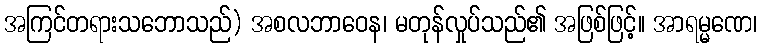
အကြင်တရားသဘောသည်) အစလဘာဝေန၊ မတုန်လှုပ်သည်၏ အဖြစ်ဖြင့်။ အာရမ္မဏေ၊